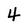
Character: 4